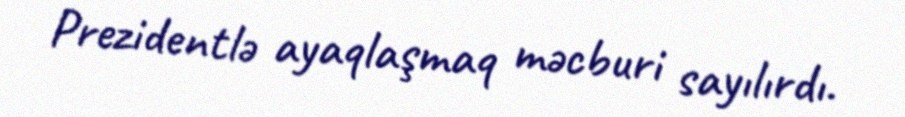
Prezidentlə ayaqlaşmaq məcburi sayılırdı.